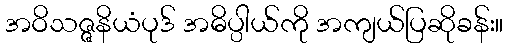
အဝိသဇ္ဇနိယံပုဒ် အဓိပ္ပါယ်ကို အကျယ်ပြဆိုခန်း။